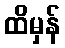
ထိမှန်